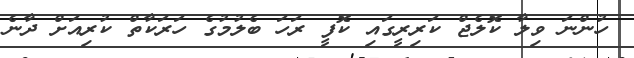
ހުންނަ ވިލާ ކޮލެޖް ކަރިރީގައި ކޮފީ ރަހަ ބެލުމުގެ ހަރަކާތް ކުރިއަށް ދާނެ